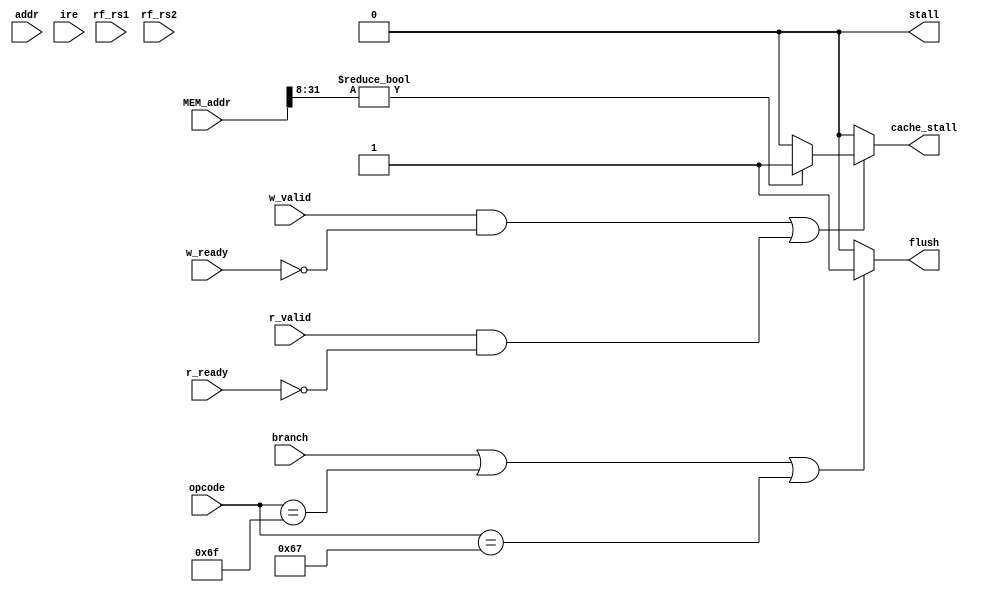
module stall_flush (
    input branch,
    input [6:0] opcode,
    input [31:0] addr, MEM_addr,
    input [4:0] ire, rf_rs1, rf_rs2,
    input w_valid, r_valid, w_ready, r_ready,
    output reg stall, flush, cache_stall
);
    parameter J_JAL = 7'b1101111; // JAL
    // parameter B_TYPE = 7'b1100011; // BEQ, BLT, BLTU
    parameter I_JALR = 7'b1100111; // JALR
    parameter I_LOAD = 7'b0000011; // LW

    always@(*) begin
        /*if (opcode == I_LOAD) // ((ire == rf_rs1) || (ire == rf_rs2) load -> stall
            if(addr[31: 8] == 24'h000000)
                stall = 1;
            else 
                stall = 0;
        else 
            */
        stall = 0;
        if ((w_valid && ~w_ready) || (r_valid && ~r_ready))
            if(MEM_addr[31: 8] != 24'h000000)
                cache_stall = 1;
            else 
                cache_stall = 0;
        else 
            cache_stall = 0;

        if (branch || (opcode == J_JAL) || (opcode == I_JALR)) begin
            flush = 1;
        end

        else begin
            flush = 0;
        end
    end
endmodule